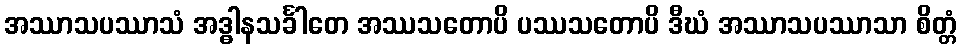
အဿာသပဿာသံ အဒ္ဓါနသင်္ခါတေ အဿသတောပိ ပဿသတောပိ ဒီဃံ အဿာသပဿာသာ စိတ္တံ